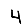
Digit: 4